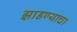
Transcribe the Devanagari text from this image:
झाडण्याचा